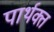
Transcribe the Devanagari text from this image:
पार्थक्त